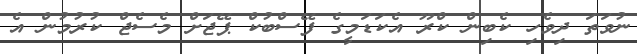
ނުވަތަ ދިވެހި ކެބިން ކްރޫ އެކަޑަމީގެ ފޭސްބުކް ޕޭޖަށް މެސެޖް ކުރުމުން އެ